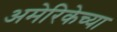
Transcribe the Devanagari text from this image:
अमेरिकेच्या